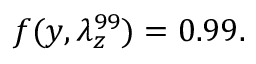
f ( y , \lambda _ { z } ^ { 9 9 } ) = 0 . 9 9 .